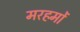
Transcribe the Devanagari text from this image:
मरहमों